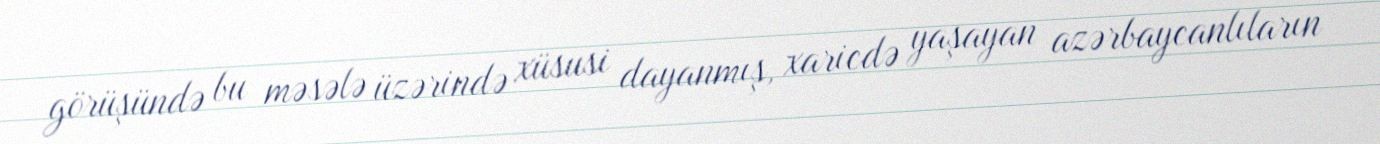
görüşündə bu məsələ üzərində xüsusi dayanmış, xaricdə yaşayan azərbaycanlıların